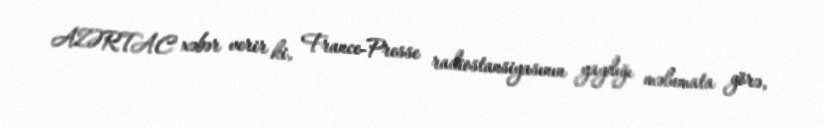
AZƏRTAC xəbər verir ki, France-Presse radiostansiyasının yaydığı məlumata görə,